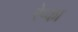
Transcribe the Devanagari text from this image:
रेप्का